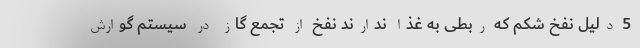
5 دلیل نفخ شکم که ربطی به غذا ندارند نفخ از تجمع گاز در سیستم گوارش